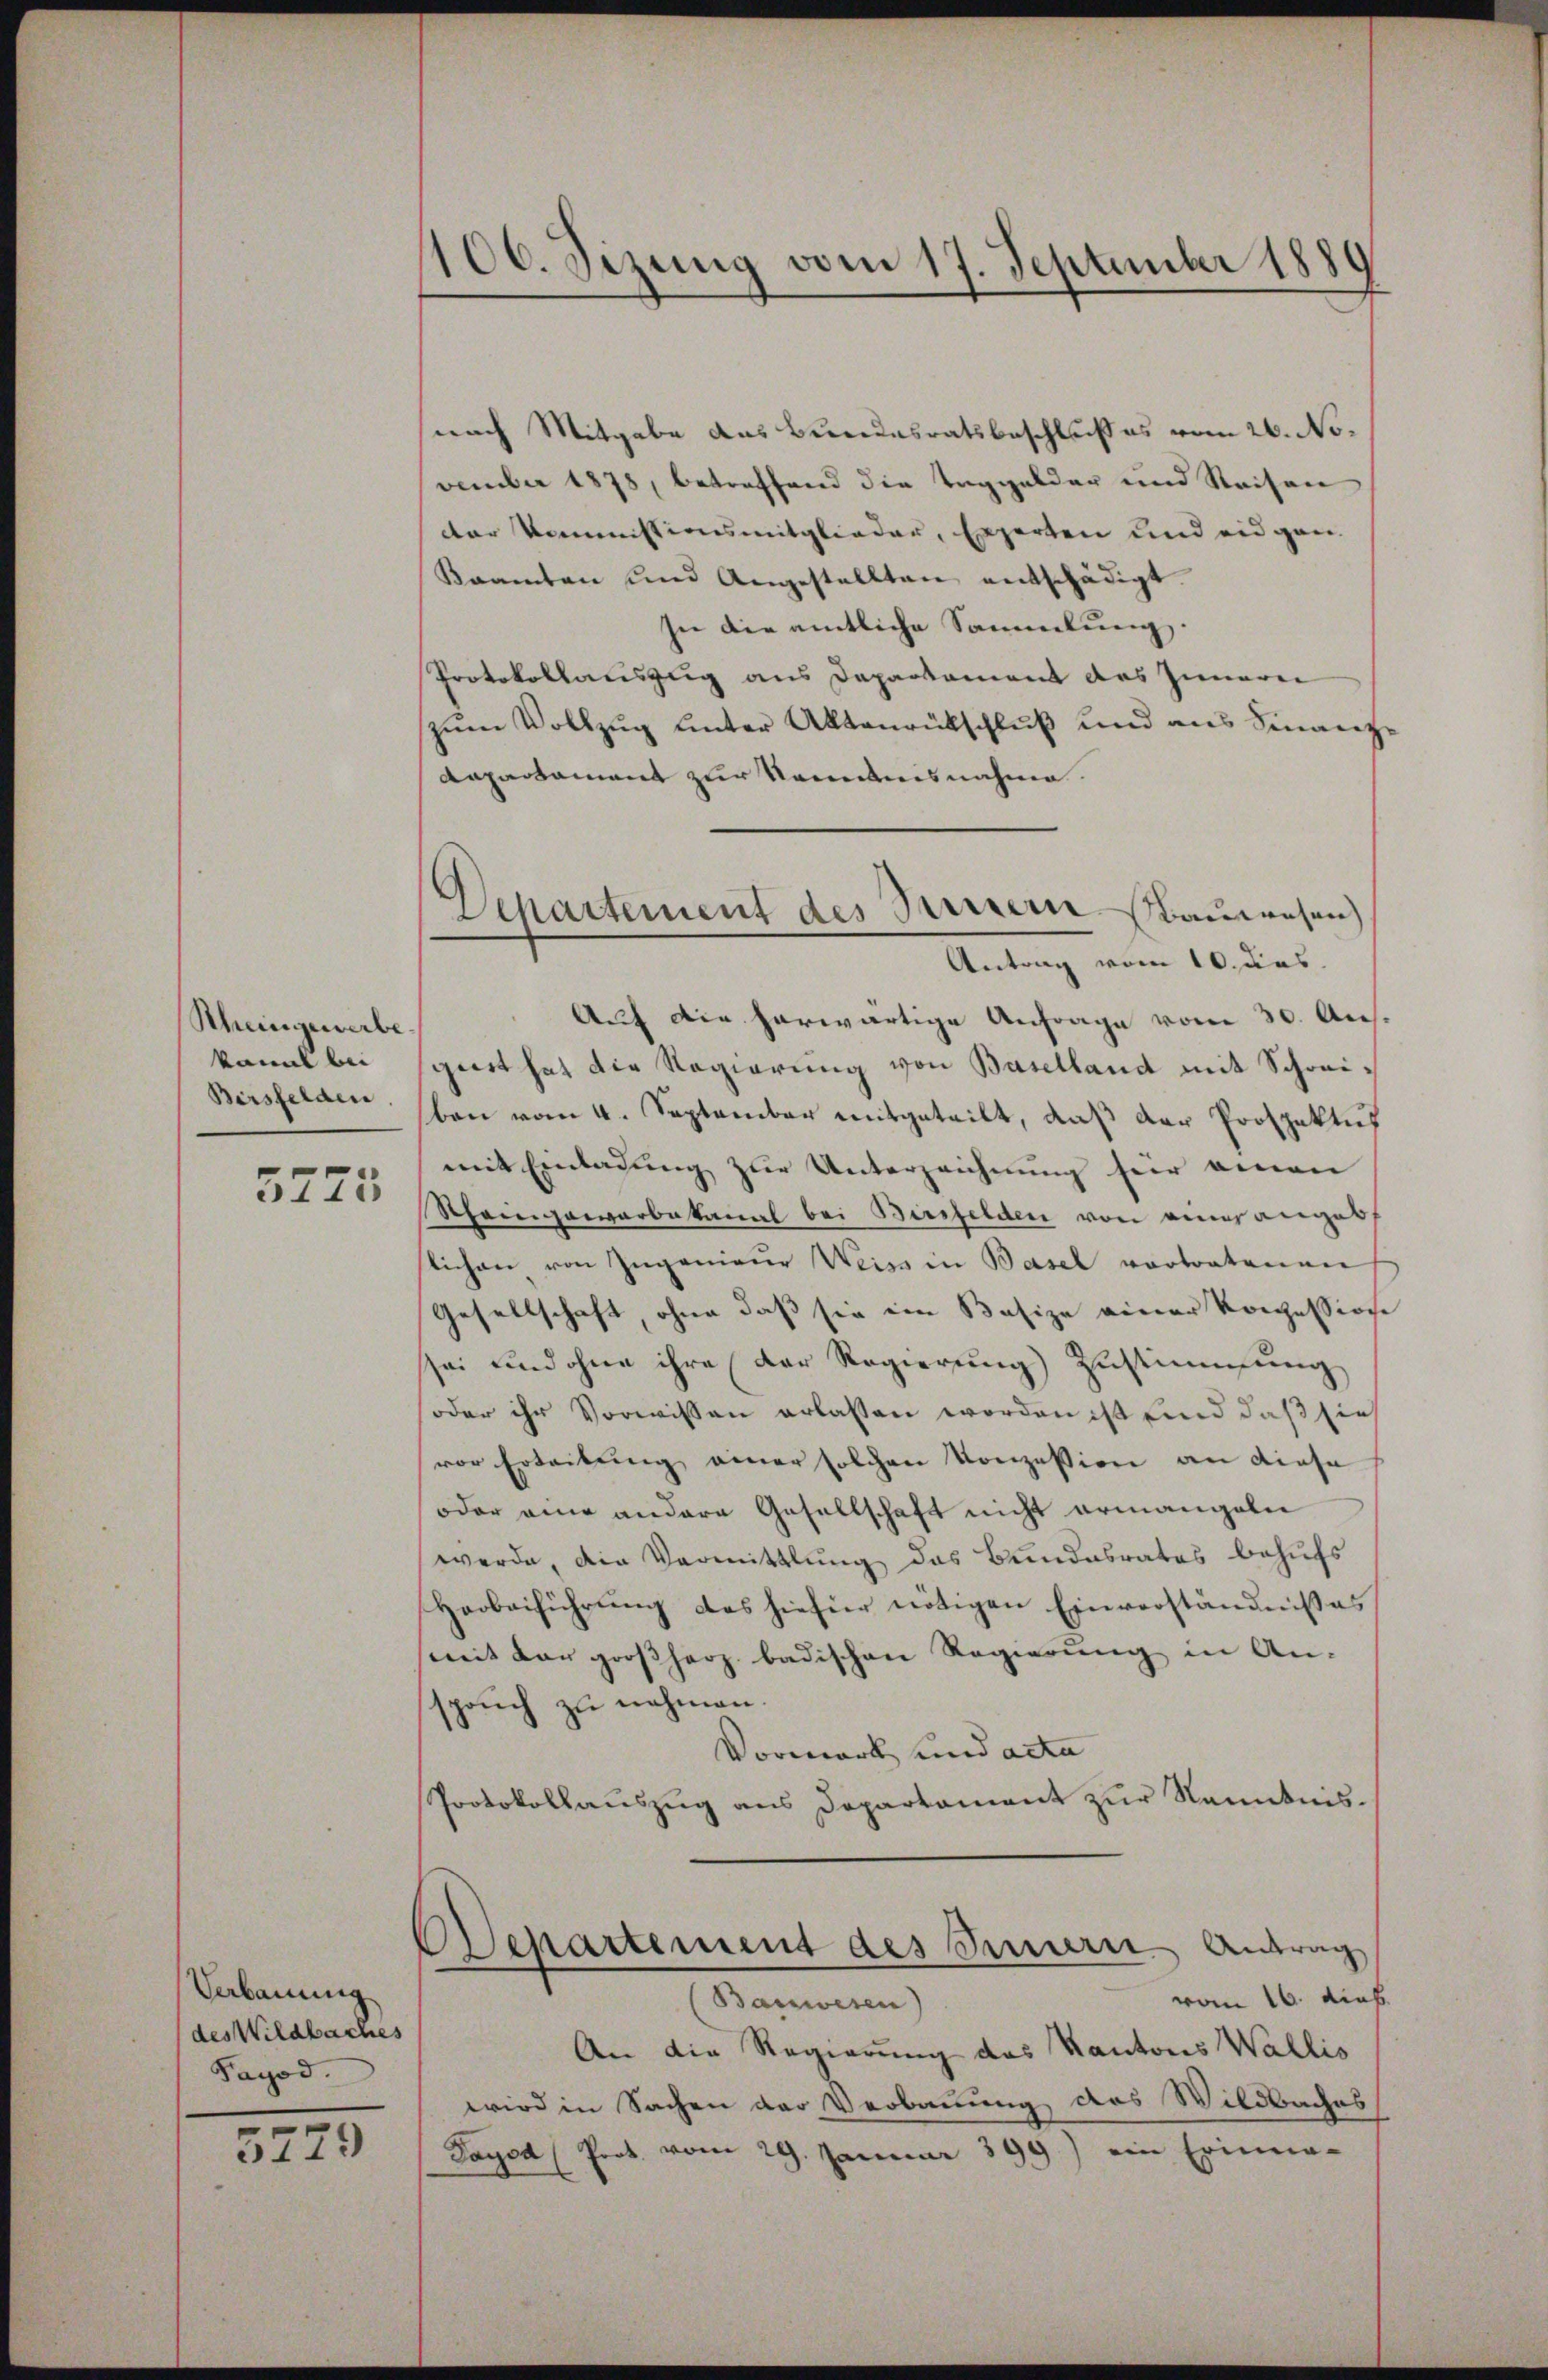
Rheingewerbe
kannt bei
Bersfelden

5775

Verbauung
des Wildbaches
Payod.

3779

106. Sizung vom 17. September 1880
.

Departement des Sennern Bauwesen
Antrag vom 10. das

snach Mitgabe das Bundesratsbeschluß es vom 26. November 1878, betreffend die Taggelder und Reisen
der Kommissionsmitglieder, Experten und eidgan
Kramten und Angestellten entschädigt.
In die amtliche Sammlung.
Protokollauszug aus Departement des Innern
zum Vollzug unter Aktenrückschluß und aus Finanz
Repartament zur Kenntnisnahme.
Auf die herwärtige Anfrage vom 30. Aus-
girt hat die Regierung von Baselland mit Schreiben vom 4. September mitgeteilt, daß der Prospektus
mit Einladung zur Unterzeichnung für einen
Rheingewarbakanal bei Binfelden von einer anges
lichen von Ingenieur Weiss in Basel vortratenen
Gesellschaft, ohne daß sie ein Basize einer Konzessione
sei und ohne ihre der Regierŭng Zŭstimmung
soder ihr Vorwissen erlassen worden ist und daß sie
vor Erteilung einer solchen Konzession an diese
oder eine andere Gesellschaft nicht ermangeln
werde, die Vermittlung das Bundesrates behufs
Horbeiführung des hiefür nötigen Einverständnißes
mit der großherz badischen Regierŭng in An-
spruch zu nehmen.
Vormark und acta
Protokollauszug aus Departament zur Kenntnis.
Departement des Innern Antrag
vom 16. diab.
Bauwesen)
An die Regierung des Kantons Wallis
wird in Sachen der Verbauung das Wildbaches
Payed (Prot. vom 29. Januar 399.) ein Erinne-